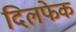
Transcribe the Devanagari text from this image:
दिलफेक